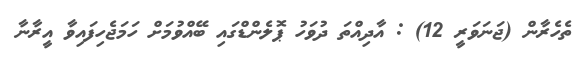
ތެހެރާން (ޖަނަވަރީ 12) : އާދިއްތަ ދުވަހު ޕޮލެންޑްގައި ބޭއްވުމަށް ހަމަޖެހިފައިވާ އީރާނާ